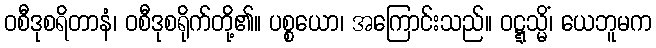
ဝစီဒုစရိတာနံ၊ ဝစီဒုစရိုက်တို့၏။ ပစ္စယော၊ အကြောင်းသည်။ ဝဋ္ဋသ္မိံ၊ ယေဘူမက